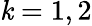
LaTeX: \mathit{k}=1,2